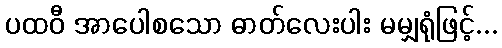
ပထဝီ အာပေါစသော ဓာတ်လေးပါး မမျှရုံဖြင့်...